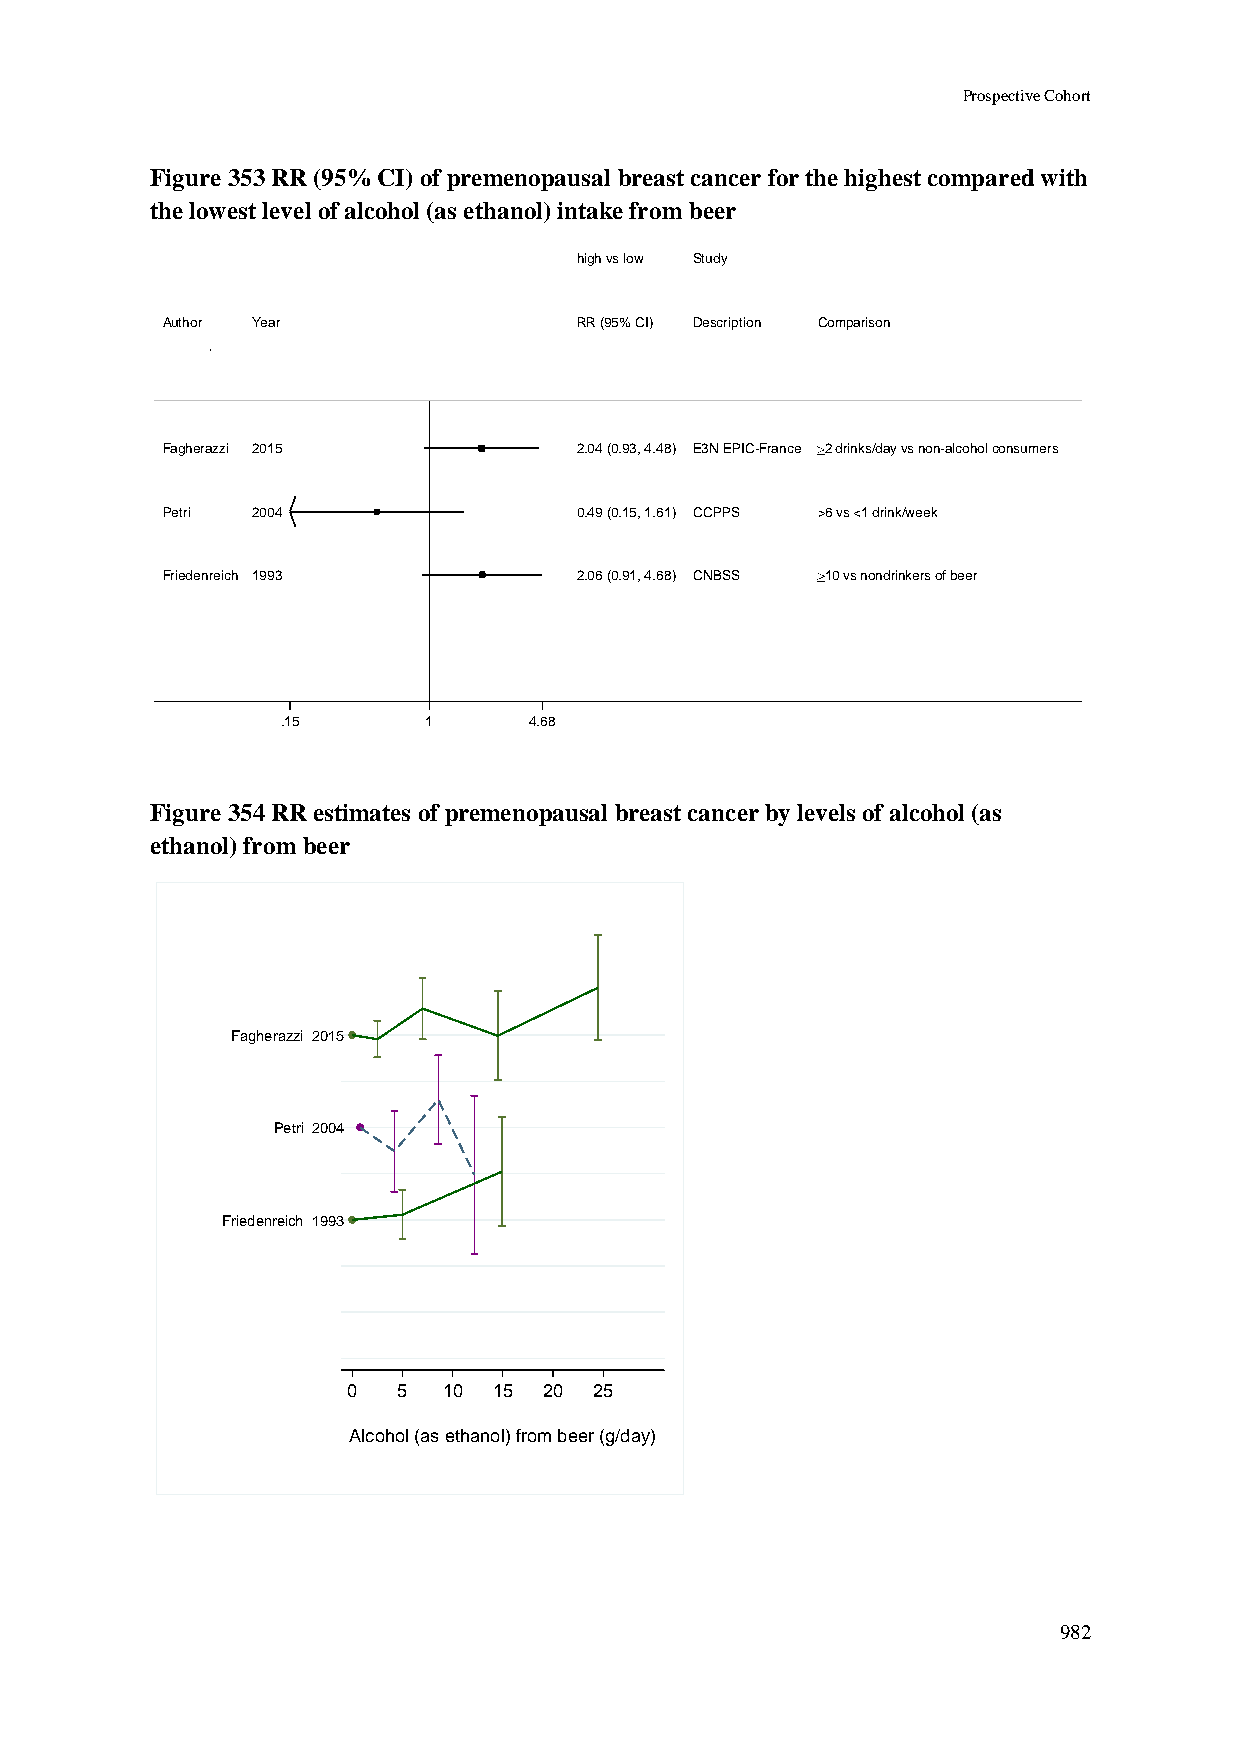
Prospective Cohort
 Figure 353 RR (95% CI) of premenopausal breast cancer for the highest compared with
 the lowest level of alcohol (as ethanol) intake from beer
 hhiigghh vvss llooww SSttuuddyy
 Author Year                RRRR ((9955%% CCII)) DDeessccrriippttiioonn Comparison
 Fagherazzi 2015            22..0044 ((00..9933,, 44..4488)) EE33NN EEPPIICC--FFrraannccee 2 drinks/day vs non-alcohol consumers
 Petri 2004                 00..4499 ((00..1155,, 11..6611)) CCCCPPPPSS >6 vs <1 drink/week
 Friedenreich 1993          22..0066 ((00..9911,, 44..6688)) CCNNBBSSSS 10 vs nondrinkers of beer
 .15      11     4.68
 Figure 354 RR estimates of premenopausal breast cancer by levels of alcohol (as
 ethanol) from beer
 Fagherazzi 2015
 Petri 2004
 Friedenreich 1993
 0  5  10  15 20 25
 Alcohol (as ethanol) from beer (g/day)
 982